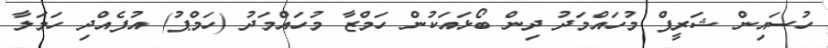
ހުސައިން ޝަރީފް މުހައްމަދު ދިން ބޯޅައަކުން ހަމްޒާ މުހައްމަދު (ހަމްޕު) އުފެއްދި ހަމަލާ